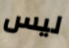
ليس